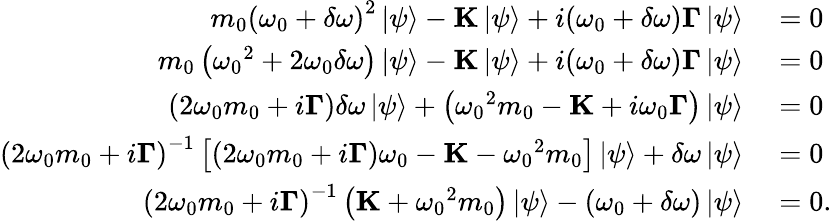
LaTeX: \begin{array}{rl}{{m_{0}\left({{\omega_{0}}+\delta\omega}\right)^{2}}\left|\psi\right\rangle-\mathbf K\left|\psi\right\rangle+i({\omega_{0}}+\delta\omega)\mathbf\Gamma\left|\psi\right\rangle}&{{}=0}\\ {m_{0}\left({{\omega_{0}}^{2}+2{\omega_{0}}\delta\omega}\right)\left|\psi\right\rangle-\mathbf K\left|\psi\right\rangle+i({\omega_{0}}+\delta\omega)\mathbf\Gamma\left|\psi\right\rangle}&{{}=0}\\ {\left({2{\omega_{0}}m_{0}+i{\mathbf{\Gamma}}}\right)\delta\omega\left|\psi\right\rangle+\left({{\omega_{0}}^{2}m_{0}-{\mathbf{K}}+i{\omega_{0}}{\mathbf{\Gamma}}}\right)\left|\psi\right\rangle}&{{}=0}\\ {{\left({2{\omega_{0}}m_{0}+i{\mathbf{\Gamma}}}\right)^{-1}}\left[{\left({2{\omega_{0}}{m_{0}}+i{\mathbf{\Gamma}}}\right){\omega_{0}}-{\mathbf{K}}-{\omega_{0}}^{2}{m_{0}}}\right]\left|\psi\right\rangle+\delta\omega\left|\psi\right\rangle}&{{}=0}\\ {{\left({2{\omega_{0}}m_{0}+i{\mathbf{\Gamma}}}\right)^{-1}}\left({{\mathbf{K}}+{\omega_{0}}^{2}m_{0}}\right)\left|\psi\right\rangle-(\omega_{0}+\delta\omega)\left|\psi\right\rangle}&{{}=0.}\end{array}